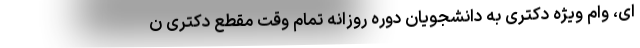
ای، وام ویژه دکتری به دانشجویان دوره روزانه تمام وقت مقطع دکتری ن